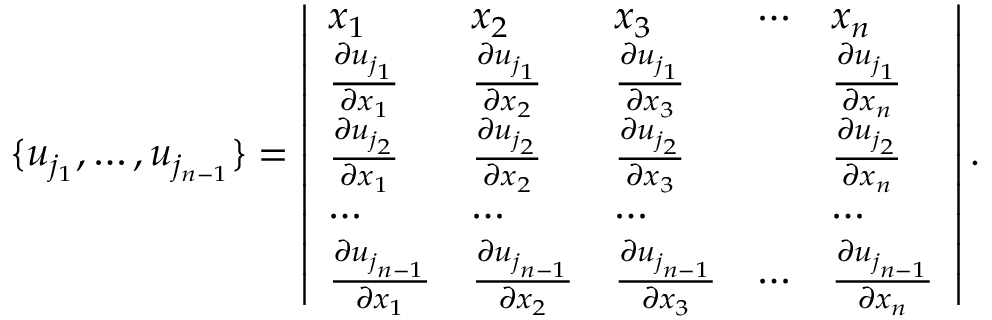
\begin{array} { r } { \{ u _ { j _ { 1 } } , \dotsc , u _ { j _ { n - 1 } } \} = \left| \begin{array} { l l l l l } { x _ { 1 } } & { x _ { 2 } } & { x _ { 3 } } & { \cdots } & { x _ { n } } \\ { \frac { \partial u _ { j _ { 1 } } } { \partial x _ { 1 } } } & { \frac { \partial u _ { j _ { 1 } } } { \partial x _ { 2 } } } & { \frac { \partial u _ { j _ { 1 } } } { \partial x _ { 3 } } } & & { \frac { \partial u _ { j _ { 1 } } } { \partial x _ { n } } } \\ { \frac { \partial u _ { j _ { 2 } } } { \partial x _ { 1 } } } & { \frac { \partial u _ { j _ { 2 } } } { \partial x _ { 2 } } } & { \frac { \partial u _ { j _ { 2 } } } { \partial x _ { 3 } } } & & { \frac { \partial u _ { j _ { 2 } } } { \partial x _ { n } } } \\ { \cdots } & { \cdots } & { \cdots } & & { \cdots } \\ { \frac { \partial u _ { j _ { n - 1 } } } { \partial x _ { 1 } } } & { \frac { \partial u _ { j _ { n - 1 } } } { \partial x _ { 2 } } } & { \frac { \partial u _ { j _ { n - 1 } } } { \partial x _ { 3 } } } & { \cdots } & { \frac { \partial u _ { j _ { n - 1 } } } { \partial x _ { n } } } \end{array} \right| . } \end{array}